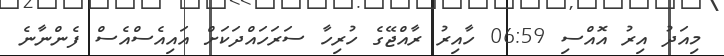
މިއަދު އިރު އޮއްސި 06:59 ހާއިރު ރާއްޖޭގެ ހުރިހާ ސަރަހައްދަކަށް އައިއެސްއެސް ފެންނާނެ